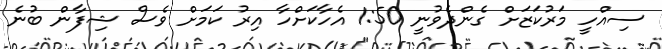
ސިއްހީ މަރުކަޒަށް ގެންދެވުނީ 1:50 އެހާކަށްހާ އިރު ކަމަށް ވެސް ޝިފާން ބުނެ